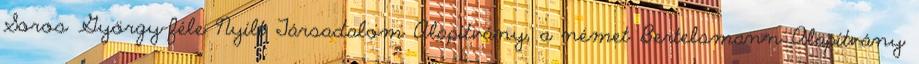
Soros György-féle Nyílt Társadalom Alapítvány, a német Bertelsmann Alapítvány